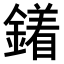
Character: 𨬣